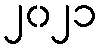
၂၀၂၁